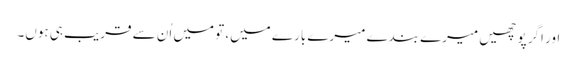
اور اگر پوچھیں میرے بندے میرے بارے میں، تو میں اُن سے قریب ہی ہوں۔